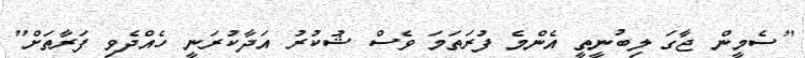
"ސެމީން ޖާގަ ލިބުނީތީ އެންމެ ފުރަތަމަ ވެސް ޝުކުރު އަދާކުރަނީ ހެއްދެވި ފަރާތަށް"